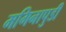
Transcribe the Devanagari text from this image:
मगिनापुडी